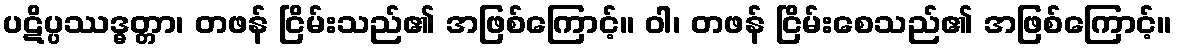
ပဋိပ္ပဿဒ္ဓတ္တာ၊ တဖန် ငြိမ်းသည်၏ အဖြစ်ကြောင့်။ ဝါ၊ တဖန် ငြိမ်းစေသည်၏ အဖြစ်ကြောင့်။